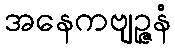
အနေကဗျဉ္ဇနံ